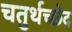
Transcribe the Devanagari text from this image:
चतुर्थच्छेद